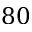
8 0